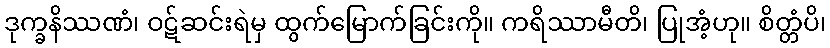
ဒုက္ခနိဿဏံ၊ ဝဋ်ဆင်းရဲမှ ထွက်မြောက်ခြင်းကို။ ကရိဿာမီတိ၊ ပြုအံ့ဟု။ စိတ္တံပိ၊